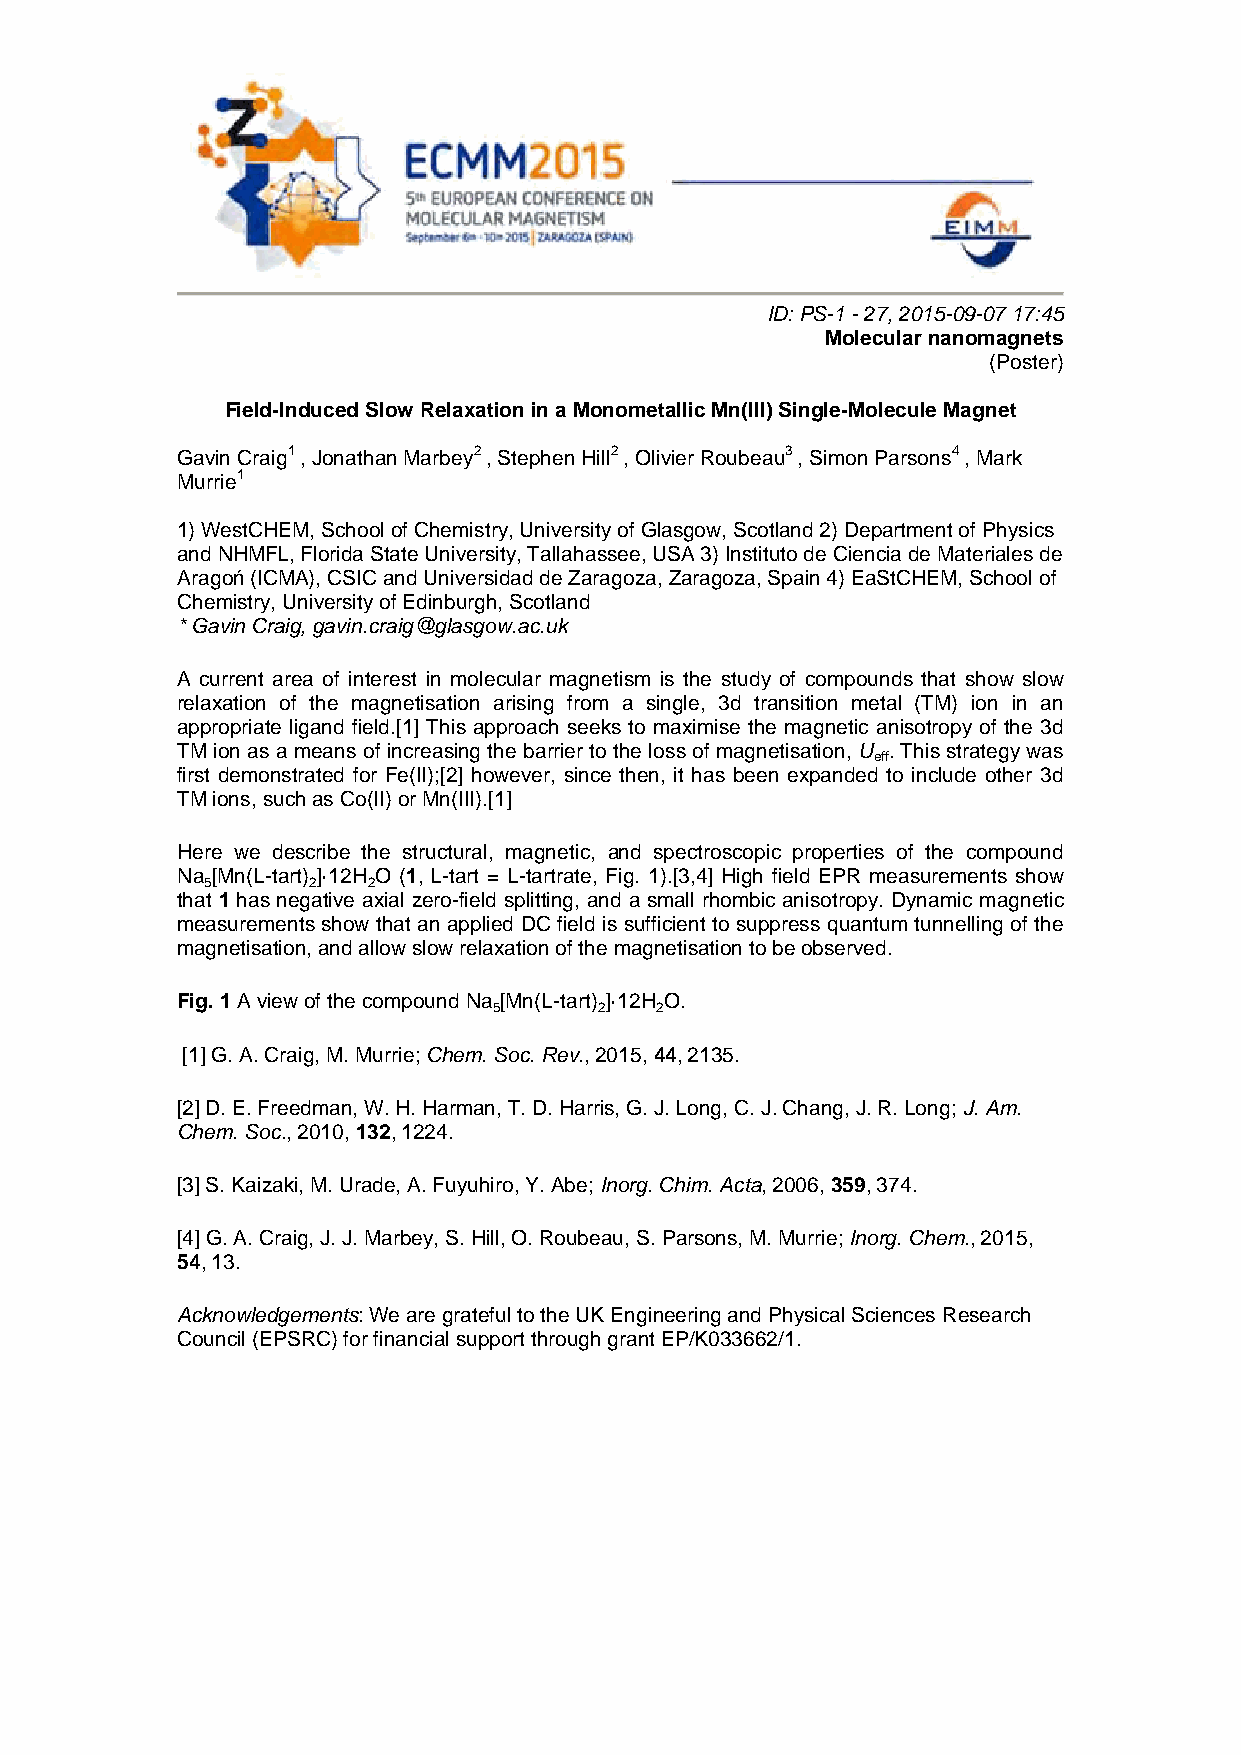
ID: PS-1 - 27, 2015-09-07 17:45
 Molecular nanomagnets
 (Poster)
 Field-Induced Slow Relaxation in a Monometallic Mn(III) Single-Molecule Magnet
 Gavin Craig1 , Jonathan Marbey2 , Stephen Hill2 , Olivier Roubeau3 , Simon Parsons4 , Mark
 Murrie1
 1) WestCHEM, School of Chemistry, University of Glasgow, Scotland 2) Department of Physics
 and NHMFL, Florida State University, Tallahassee, USA 3) Instituto de Ciencia de Materiales de
 Aragoń (ICMA), CSIC and Universidad de Zaragoza, Zaragoza, Spain 4) EaStCHEM, School of
 Chemistry, University of Edinburgh, Scotland
 * Gavin Craig, gavin.craig@glasgow.ac.uk
 A current area of interest in molecular magnetism is the study of compounds that show slow
 relaxation of the magnetisation arising from a single, 3d transition metal (TM) ion in an
 appropriate ligand field.[1] This approach seeks to maximise the magnetic anisotropy of the 3d
 TM ion as a means of increasing the barrier to the loss of magnetisation, U . This strategy was
 eff
 first demonstrated for Fe(II);[2] however, since then, it has been expanded to include other 3d
 TM ions, such as Co(II) or Mn(III).[1]
 Here we describe the structural, magnetic, and spectroscopic properties of the compound
 Na [Mn(L-tart) ]·12H O (1, L-tart = L-tartrate, Fig. 1).[3,4] High field EPR measurements show
 5     2   2
 that 1 has negative axial zero-field splitting, and a small rhombic anisotropy. Dynamic magnetic
 measurements show that an applied DC field is sufficient to suppress quantum tunnelling of the
 magnetisation, and allow slow relaxation of the magnetisation to be observed.
 Fig. 1 A view of the compound Na [Mn(L-tart) ]·12H O.
 5      2  2
 [1] G. A. Craig, M. Murrie; Chem. Soc. Rev., 2015, 44, 2135.
 [2] D. E. Freedman, W. H. Harman, T. D. Harris, G. J. Long, C. J. Chang, J. R. Long; J. Am.
 Chem. Soc., 2010, 132, 1224.
 [3] S. Kaizaki, M. Urade, A. Fuyuhiro, Y. Abe; Inorg. Chim. Acta, 2006, 359, 374.
 [4] G. A. Craig, J. J. Marbey, S. Hill, O. Roubeau, S. Parsons, M. Murrie; Inorg. Chem., 2015,
 54, 13.
 Acknowledgements: We are grateful to the UK Engineering and Physical Sciences Research
 Council (EPSRC) for financial support through grant EP/K033662/1.